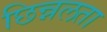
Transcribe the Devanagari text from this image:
छिन्नलता